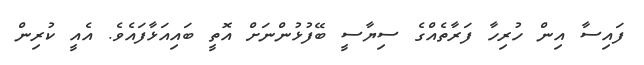
ފައިސާ އިން ހުރިހާ ފަރާތެއްގެ ސިޔާސީ ބޭފުޅުންނަށް އޮތީ ބައިއަޅާފައެވެ. އެއީ ކުރިން